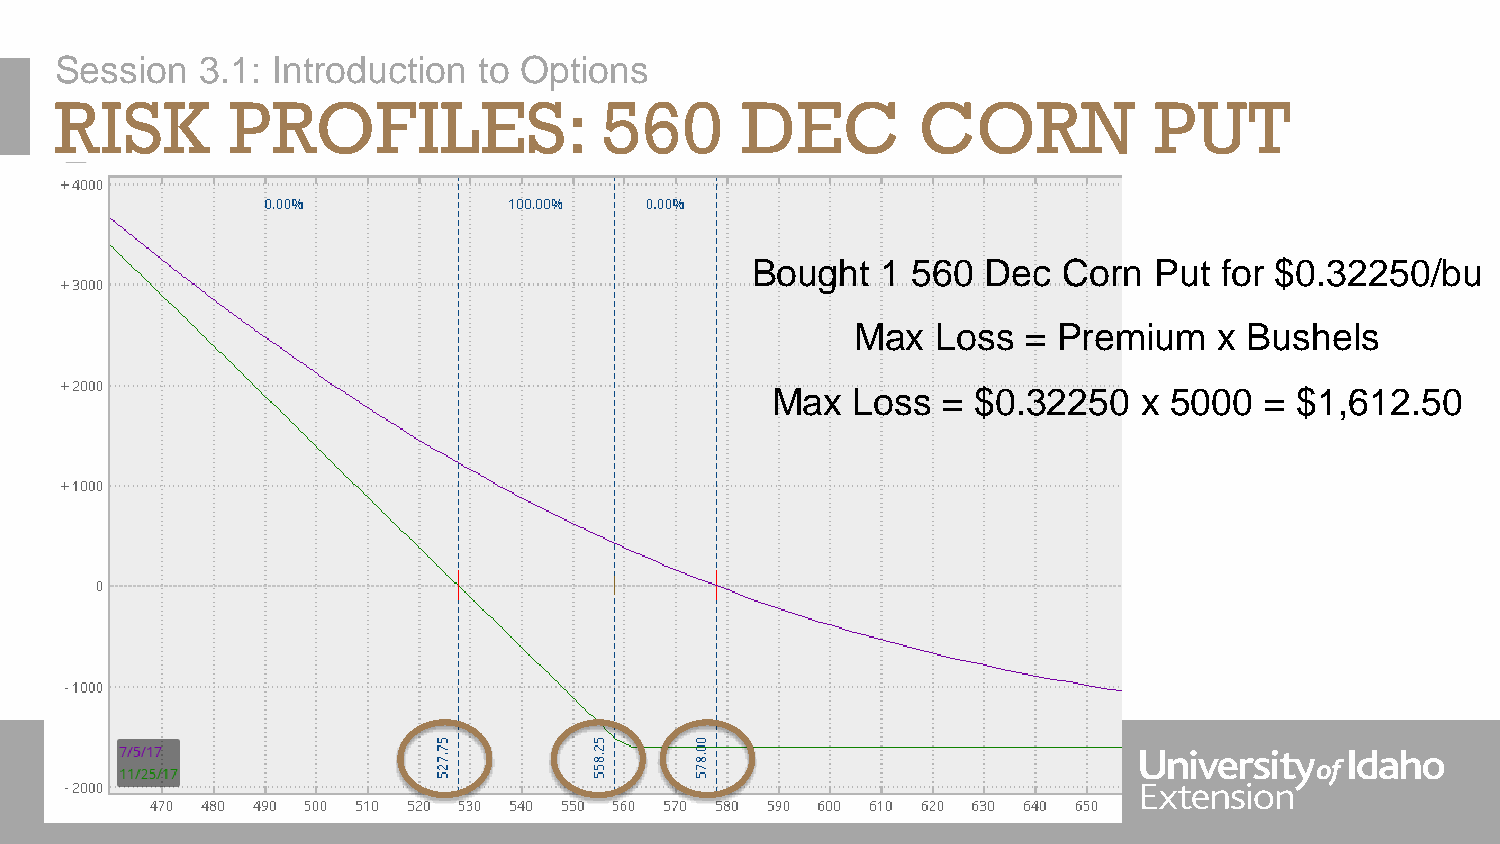
Session  3.1: Introduction  to Options
 RISK       PROFILES:                560      DEC         CORN           PUT
 Bought  1 560  Dec  Corn  Put  for $0.32250/bu
 Max  Loss  = Premium    x Bushels
 Max  Loss  =  $0.32250   x 5000  = $1,612.50